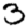
Digit: 3